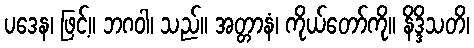
ပဒေန၊ ဖြင့်။ ဘဂဝါ၊ သည်။ အတ္တာနံ၊ ကိုယ်တော်ကို။ နိဒ္ဒိသတိ၊